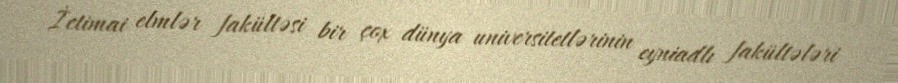
İctimai elmlər fakültəsi bir çox dünya universitetlərinin eyniadlı fakültələri